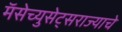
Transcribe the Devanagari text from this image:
मॅसेच्युसेट्सराज्याचे